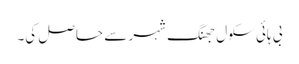
بی ہائی سکول جھنگ شہر سے حاصل کی۔